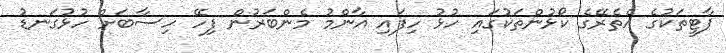
ޕާޓީތަކުގެ އެތެރޭގެ ކޯޅުންތަކުގައި ހުޅު ހިފައި އާންމު މެންބަރުން ފިހޭ ހިސާބަށް ހުޅުގަނޑު